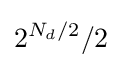
2^{N_{d}/2}/2